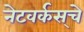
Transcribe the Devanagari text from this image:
नेटवर्कस्‌चे